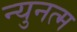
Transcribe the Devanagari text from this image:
न्युनत्म